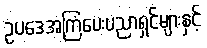
ဥပဒေအကြံပေးပညာရှင်များနှင့်